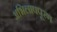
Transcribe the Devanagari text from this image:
अभिलाषपूरण